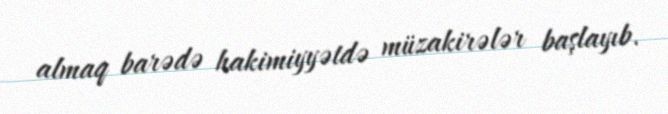
almaq barədə hakimiyyətdə müzakirələr başlayıb.